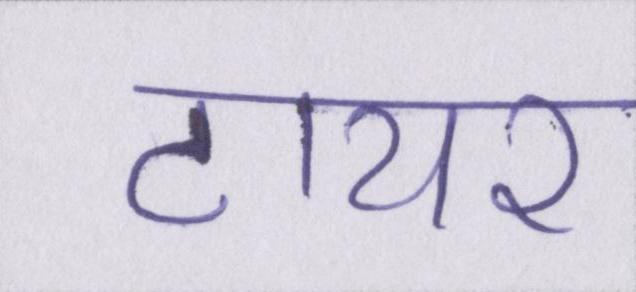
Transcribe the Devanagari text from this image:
टायर